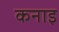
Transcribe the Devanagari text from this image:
कनाइ